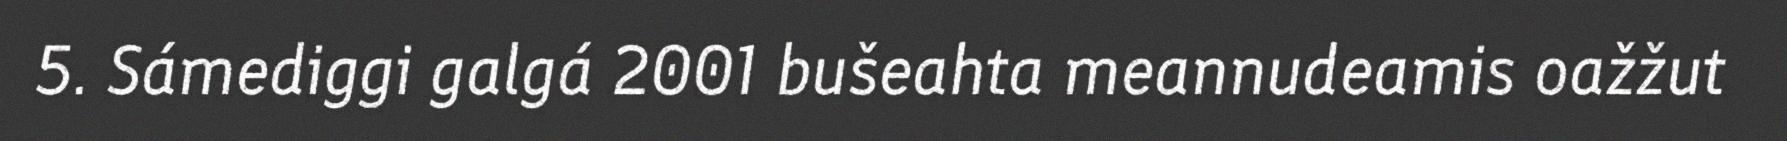
5. Sámediggi galgá 2001 bušeahta meannudeamis oažžut